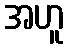
အဟူ